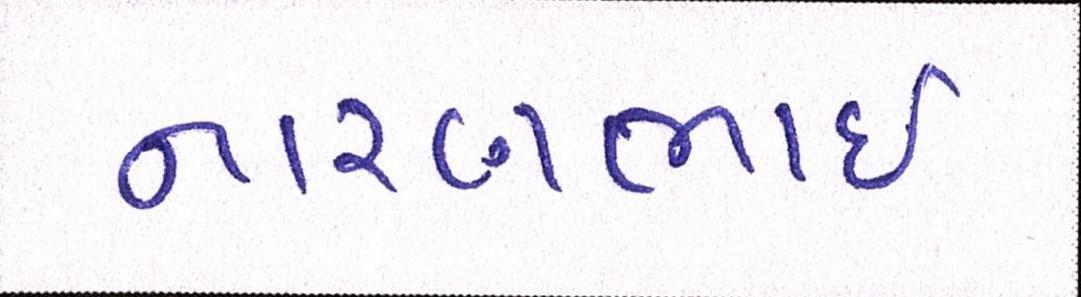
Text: નારણભાઈ